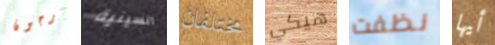
أرجون السينية مختلفان هيكي نظفت أيها